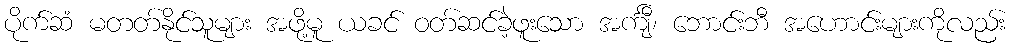
ပိုက်ဆံ မတတ်နိုင်သူများ အဖို့မူ ယခင် ဝတ်ဆင်ခဲ့ဖူးသော အင်္ကျီ၊ ဘောင်းဘီ အဟောင်းများကိုလည်း